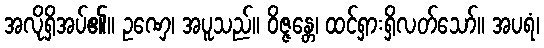
အလိုရှိအပ်၏။ ဥဏှေ၊ အပူသည်။ ဝိဇ္ဇန္တေ၊ ထင်ရှားရှိလတ်သော်။ အပရံ၊